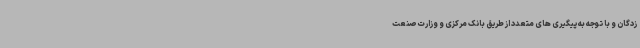
‌زدگان و با توجه به پیگیری های متعدد از طریق بانک مرکزی و وزارت صنعت